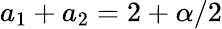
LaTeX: a_{1}+a_{2}=2+\alpha/2